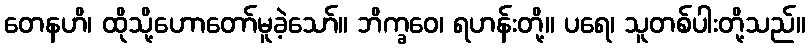
တေနဟိ၊ ထိုသို့ဟောတော်မူခဲ့သော်။ ဘိက္ခဝေ၊ ရဟန်းတို့။ ပရေ၊ သူတစ်ပါးတို့သည်။